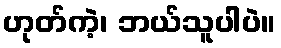
ဟုတ်ကဲ့၊ ဘယ်သူပါပဲ။